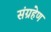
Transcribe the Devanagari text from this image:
संग्रहेण